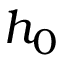
h _ { 0 }